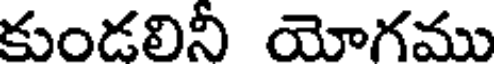
కుండలినీ యోగము